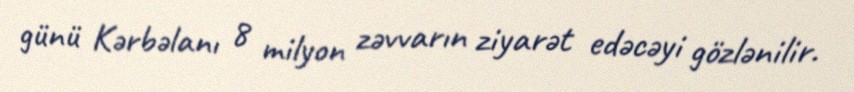
günü Kərbəlanı 8 milyon zəvvarın ziyarət edəcəyi gözlənilir.